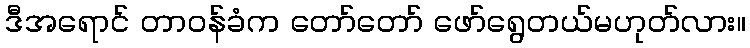
ဒီအရောင် တာဝန်ခံက တော်တော် ဖော်ရွေတယ်မဟုတ်လား။